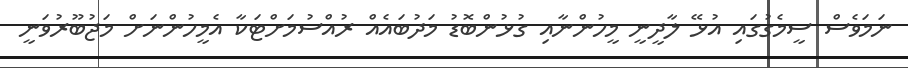
ނަމަވެސް ސީމެގުގައި އުޅޭ ލާދީނީ މީހުންނާއި ގުޅުންބޮޑު މަދުބައެއް ރުއްސުމަށްޓަކާ އެމީހުންނަށް މަޖުބޫރުވަނީ